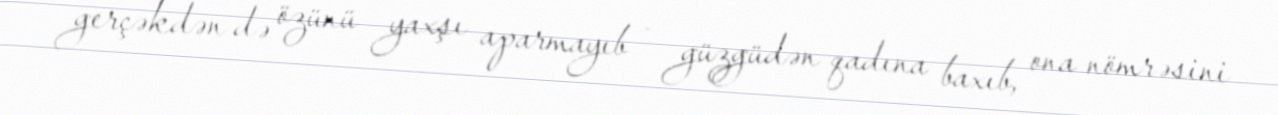
gerçəkdən də özünü yaxşı aparmayıb - güzgüdən qadına baxıb, ona nömrəsini